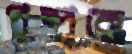
পুষ্পকে